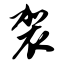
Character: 袈